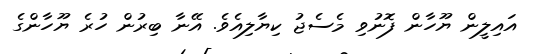
އައިލީން ޔޫހާން ފޮނުވި މެސެޖު ކިޔާލިއެވެ. އޭނާ ބިރުން ހުރެ ޔޫހާންގެ